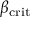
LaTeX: \beta _ { \mathrm { c r i t } }